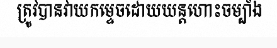
ត្រូវបានវាយកម្ទេចដោយយន្តហោះចម្បាំង